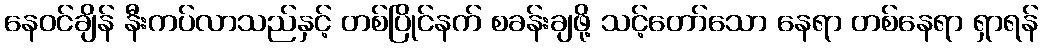
နေဝင်ချိန် နီးကပ်လာသည်နှင့် တစ်ပြိုင်နက် စခန်းချဖို့ သင့်တော်သော နေရာ တစ်နေရာ ရှာရန်